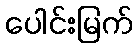
ပေါင်းမြက်